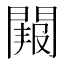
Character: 𮤑